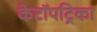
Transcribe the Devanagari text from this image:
केटॉपट्रिका